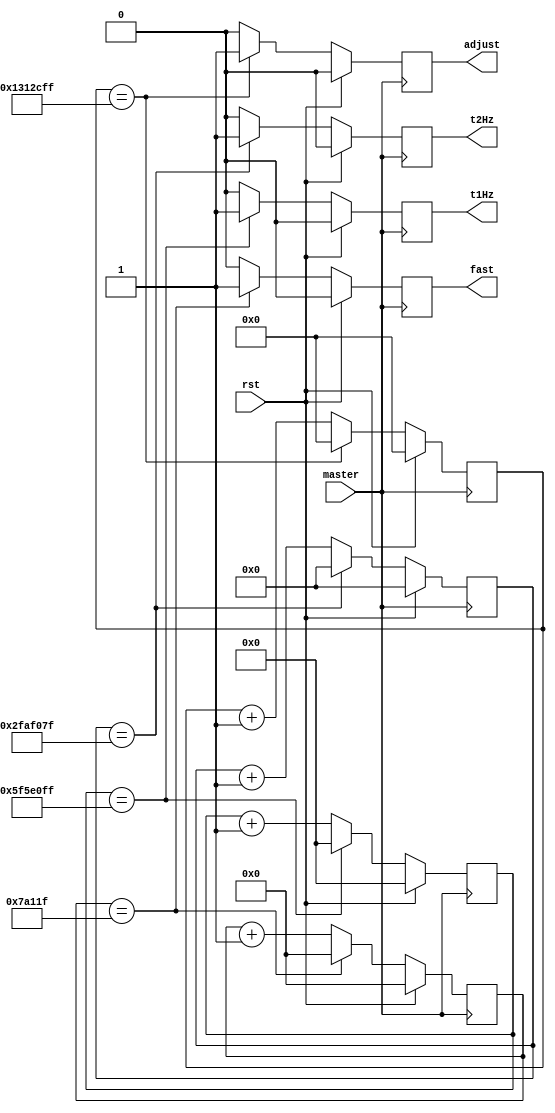
`timescale 1ns / 1ps
//////////////////////////////////////////////////////////////////////////////////
// Company: 
// Engineer: 
// 
// Design Name: 
// Module Name:    clocks 
// Project Name: 
// Target Devices: 
// Tool versions: 
// Description: 
//
// Dependencies: 
//
// Revision: 
// Revision 0.01 - File Created
// Additional Comments: 
//
//////////////////////////////////////////////////////////////////////////////////
module clocks(
	//INPUT
	master, rst,
	//OUTPUT
	t2Hz, t1Hz, fast, adjust
    );
	 
	 // 100 MHz
	input master;
	input rst;
	
	output t2Hz;
	output t1Hz;
	output fast;
	output adjust;
	
	reg [25:0] t2Hz_counter = 0; // 2 Hz
	reg [26:0] t1Hz_counter = 0; // 1 Hz
	reg [18:0] fast_counter = 0; // 200 Hz
	reg [24:0] adjust_counter = 0; // 5 Hz
	
	reg t2Hz_reg = 0;
	reg t1Hz_reg = 0;
	reg fast_reg = 0;
	reg adjust_reg = 0;
	
	// actual runtime values
	assign t2Hz = t2Hz_reg;
	assign t1Hz = t1Hz_reg;
	assign fast = fast_reg;
	assign adjust = adjust_reg;
	
	
	// 2 Hz clock divider
	always @(posedge master)
		begin
			if (rst == 1)
				begin
					t2Hz_counter <= 0;
					t2Hz_reg <= 0;
				end
			else if (t2Hz_counter == 50000000 - 1)
				begin
					t2Hz_counter <= 0;
					t2Hz_reg <= 1;
				end
			else
				begin
					t2Hz_counter <= t2Hz_counter + 1;
					t2Hz_reg <= 0;
				end
		end
	
	// 1 Hz clock divider
	always @(posedge master)
		begin
			if (rst == 1)
				begin
					t1Hz_counter <= 0;
					t1Hz_reg <= 0;
				end
			else if (t1Hz_counter == 100000000 - 1)
				begin
					t1Hz_counter <= 0;
					t1Hz_reg <= 1;
				end
			else
				begin
					t1Hz_counter <= t1Hz_counter + 1;
					t1Hz_reg <= 0;
				end
		end
	
	// fast cycling clock divider 200Hz
	always @(posedge master)
		begin
			if (rst == 1)
				begin
					fast_counter <= 0;
					fast_reg <= 0;
				end
			else if (fast_counter == 500000 - 1)
				begin
					fast_counter <= 0;
					fast_reg <= 1;
				end
			else
				begin
					fast_counter <= fast_counter + 1;
					fast_reg <= 0;
				end
		end
	
	// blinking clock divider 5Hz
	always @(posedge master)
		begin
			if (rst == 1)
				begin
					adjust_counter <= 0;
					adjust_reg <= 0;
				end
			else if (adjust_counter == 20000000 - 1)
				begin
					adjust_counter <= 0;
					adjust_reg <= 1;
				end
			else
				begin
					adjust_counter <= adjust_counter + 1;
					adjust_reg <= 0;
				end
		end
		

endmodule